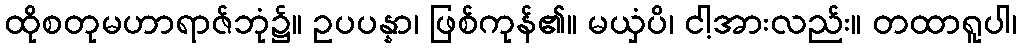
ထိုစတုမဟာရာဇ်ဘုံ၌။ ဥပပန္နာ၊ ဖြစ်ကုန်၏။ မယှံပိ၊ ငါ့အားလည်း။ တထာရူပါ၊